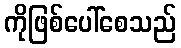
ကိုဖြစ်ပေါ်စေသည်